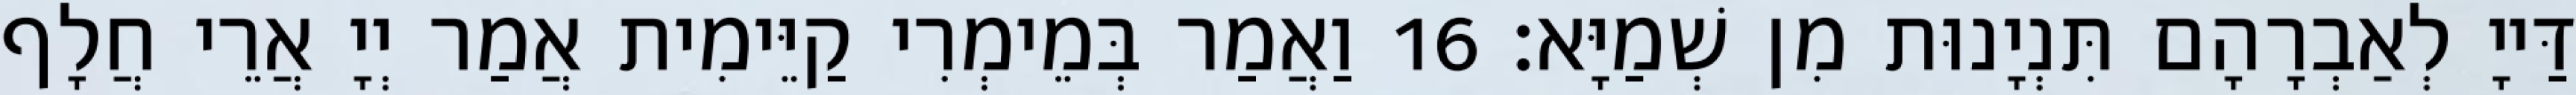
דַּייָ לְאַבְרָהָם תִּנְיָנוּת מִן שְׁמַיָּא׃ 16 וַאֲמַר בְּמֵימְרִי קַיֵּימִית אֲמַר יְיָ אֲרֵי חֲלָף